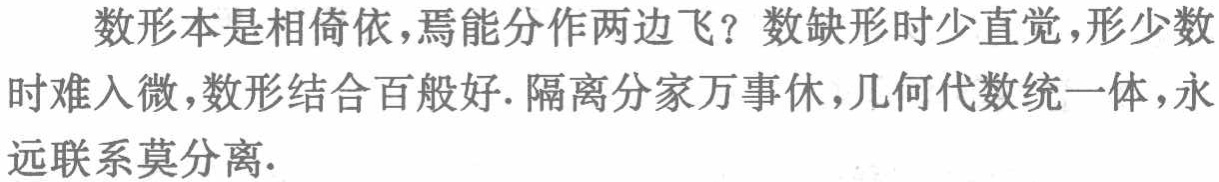
数形本是相倚依，焉能分作两边飞？数缺形时少直觉，形少数时难入微，数形结合百般好. 隔离分家万事休，几何代数统一体，永远联系莫分离.